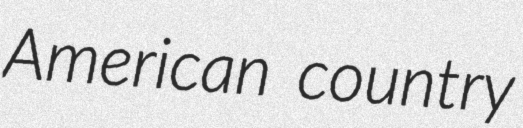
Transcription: American country